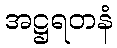
အဋ္ဌရတနံ